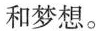
和梦想。